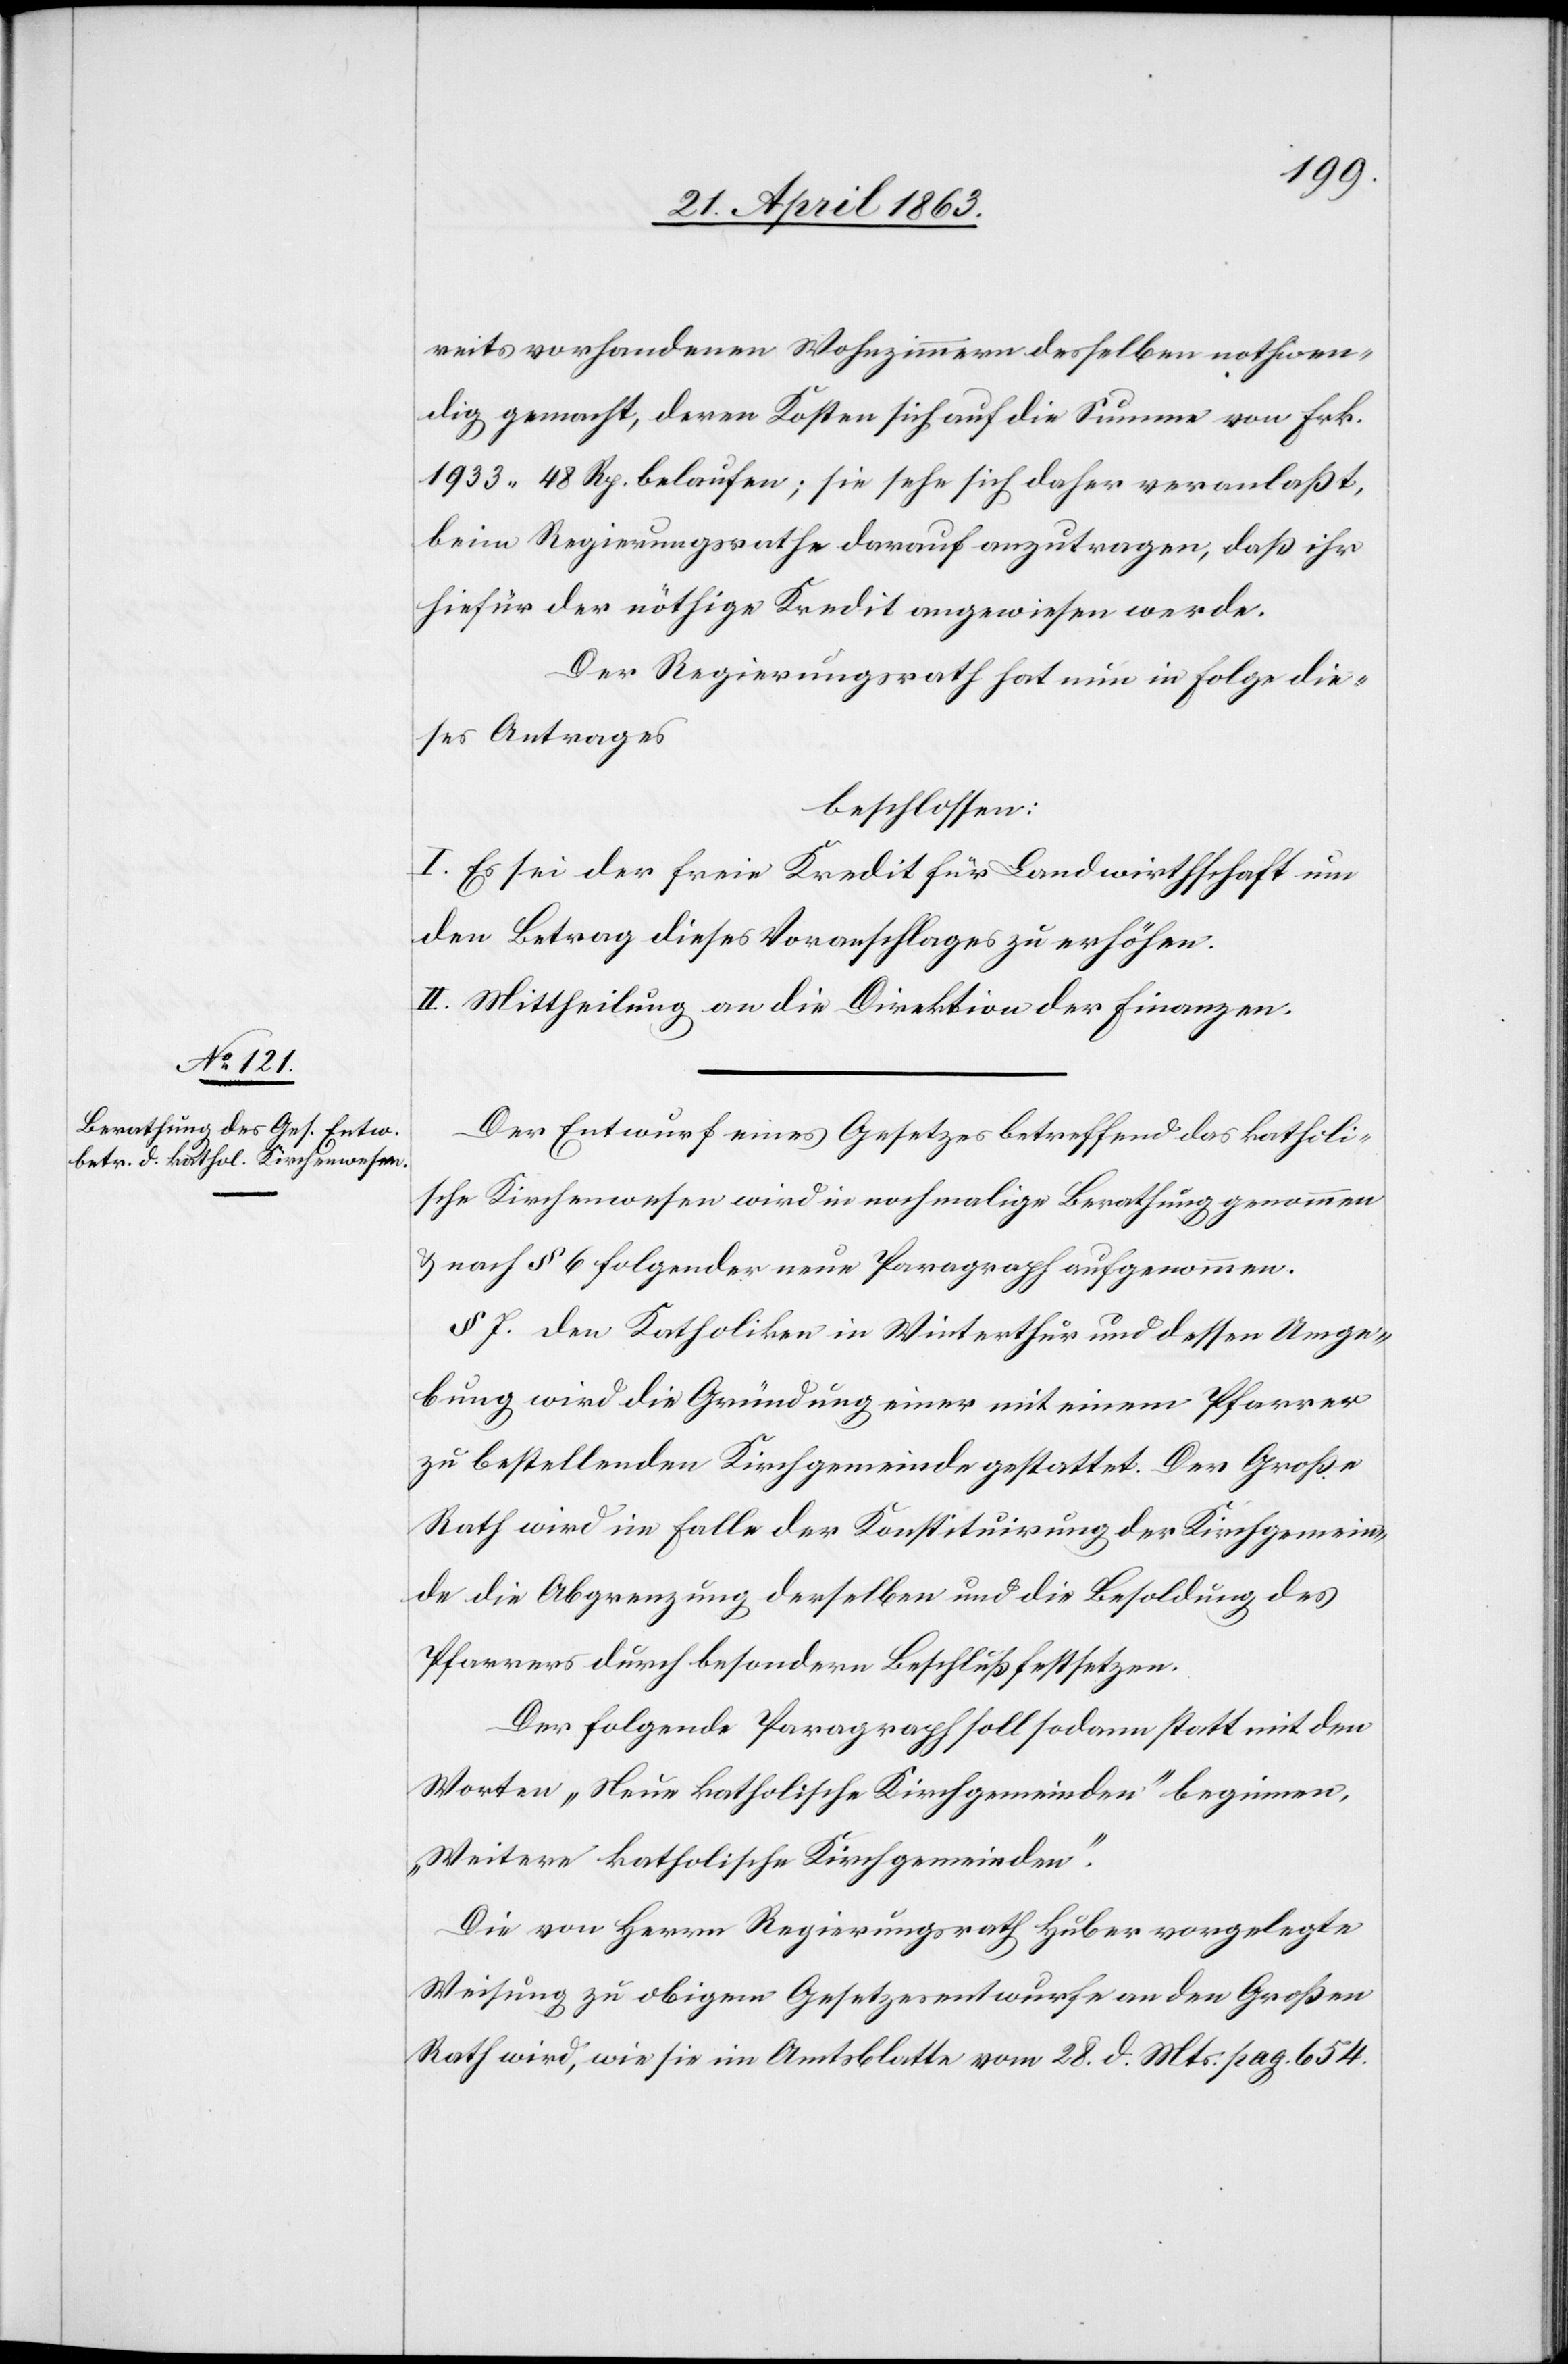
reits vorhandenen Wohnzimmern desselben nothwen¬
dig gemacht, deren Kosten sich auf die Summe von Frk.
1933. 48 Rp. belaufen; sie sehe sich daher veranlaßt,
beim Regierungsrathe darauf anzutragen, daß ihr
hiefür der nöthige Kredit angewiesen werde.
Der Regierungsrath hat nun in Folge die¬
ses Antrages
beschlossen:
I. Es sei der freie Kredit für Landwirthschaft um
den Betrag dieses Voranschlages zu erhöhen.
II. Mittheilung an die Direktion der Finanzen.
Der Entwurf eines Gesetzes betreffend das katholi¬
sche Kirchenwesen wird in nochmalige Berathung genommen
& nach § 6 folgender neue Paragraph aufgenommen.
§ 7. Den Katholiken in Winterthur und dessen Umge¬
bung wird die Gründung einer mit einem Pfarrer
zu bestellenden Kirchgemeinde gestattet. Der Große
Rath wird im Falle der Konstituirung der Kirchgemein¬
de die Abgrenzung derselben und die Besoldung des
Pfarrers durch besondern Beschluß festsetzen.
Der folgende Paragraph soll sodann statt mit den
Worten „Neue katholische Kirchgemeinden“ beginnen,
„Weitere katholische Kirchgemeinden“.
Die von Herrn Regierungsrath Huber vorgelegte
Weisung zu obigem Gesetzesentwurfe an den Großen
Rath wird, wie sie im Amtsblatte vom 28. d. Mts. pag. 654.